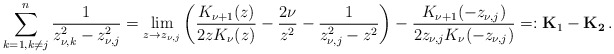
\begin{align*} \sum_{{k=1,k\neq j}}^n\dfrac{1}{z_{\nu,k}^2-z_{\nu,j}^2}=\lim_{z\to z_{\nu,j}}\left(\dfrac{K_{\nu+1}(z)}{2zK_\nu(z)}-\dfrac{2\nu}{z^2}-\dfrac{1}{z_{\nu,j}^2-z^2} \right)-\dfrac{K_{\nu+1}(-z_{\nu,j})}{2z_{\nu,j}K_\nu(-z_{\nu,j})}=:\mathbf{K}_1-\mathbf{K_2}\,.\end{align*}